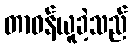
တာဝန်ယူခဲ့သည်